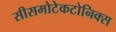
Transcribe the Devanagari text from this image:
सीसमोटेकटोनिक्‍स